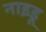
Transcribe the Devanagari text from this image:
नाइडू